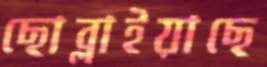
ছোব্‌লাইয়াছে